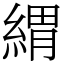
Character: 緭